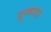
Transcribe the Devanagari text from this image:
दुव्वाडा